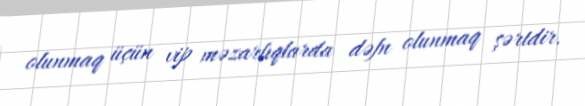
olunmaq üçün vip məzarlıqlarda dəfn olunmaq şərtdir.